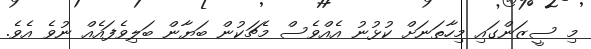
މި ސީޒަންގައި މިހާތަނަށް ކުޅުނު އެއްވެސް މެޗަކުން ބަޔާން ބަލިވެފައެއް ނުވެ އެވެ.